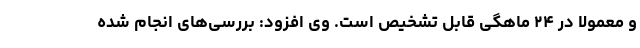
و معمولا در ۲۴ ماهگی قابل تشخیص است. وی افزود: بررسی‌های انجام شده